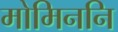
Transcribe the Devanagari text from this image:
मोमिननि